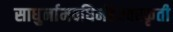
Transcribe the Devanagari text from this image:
साधुर्नामवधिर्महेश्‍वरकृती